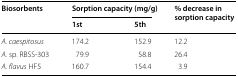
<table><thead><tr><td rowspan="2"><b>Biosorbents</b></td><td colspan="2"><b>Sorption capacity (mg/g)</b></td><td rowspan="2"><b>% decrease in sorption capacity</b></td></tr><tr><td><b>1st</b></td><td><b>5th</b></td></tr></thead><tbody><tr><td><i>A. caespitosus</i></td><td>174.2</td><td>152.9</td><td>12.2</td></tr><tr><td><i>A.</i> sp. RBSS-303</td><td>79.9</td><td>58.8</td><td>26.4</td></tr><tr><td><i>A. flavus</i> HF5</td><td>160.7</td><td>154.4</td><td>3.9</td></tr></tbody></table>